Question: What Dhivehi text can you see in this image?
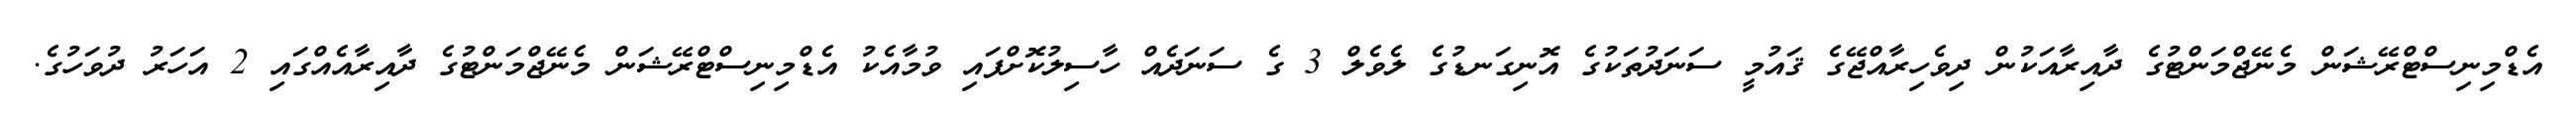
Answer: އެޑްމިނިސްޓްރޭޝަން މެނޭޖްމަންޓުގެ ދާއިރާއަކުން ދިވެހިރާއްޖޭގެ ޤައުމީ ސަނަދުތަކުގެ އޮނިގަނޑުގެ ލެވެލް 3 ގެ ސަނަދެއް ހާސިލުކޮށްފައި ވުމާއެކު އެޑްމިނިސްޓްރޭޝަން މެނޭޖްމަންޓުގެ ދާއިރާއެއްގައި 2 އަހަރު ދުވަހުގެ.